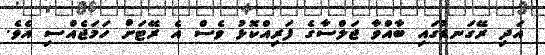
އަދި ރޭގަނޑުގައި ބާއްވާ ޖަލްސާގެ ފަރިއްކޮޅު ވެސް އެ ރޭޓަށް ހަމަޖެއްސި އެވެ.